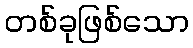
တစ်ခုဖြစ်သော